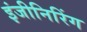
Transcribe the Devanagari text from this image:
इंजीनिरिंग